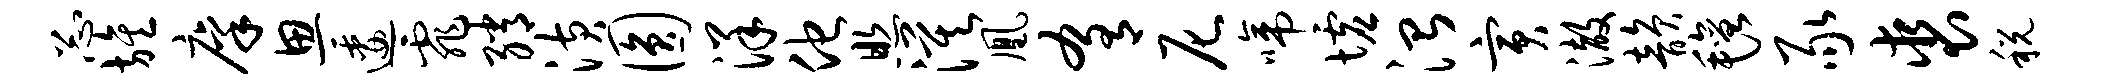
忐旌廪思逶霏绡潢圆洋他照漠凰肴尼啼墟治寅澈韵毡豕裘税